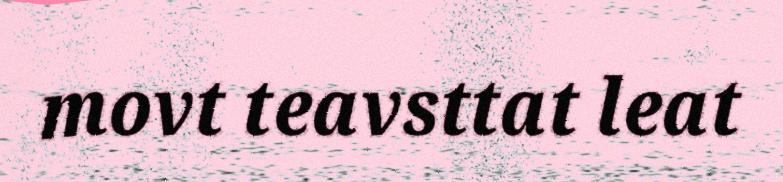
movt teavsttat leat